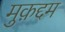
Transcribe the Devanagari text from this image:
मुक़द्दम